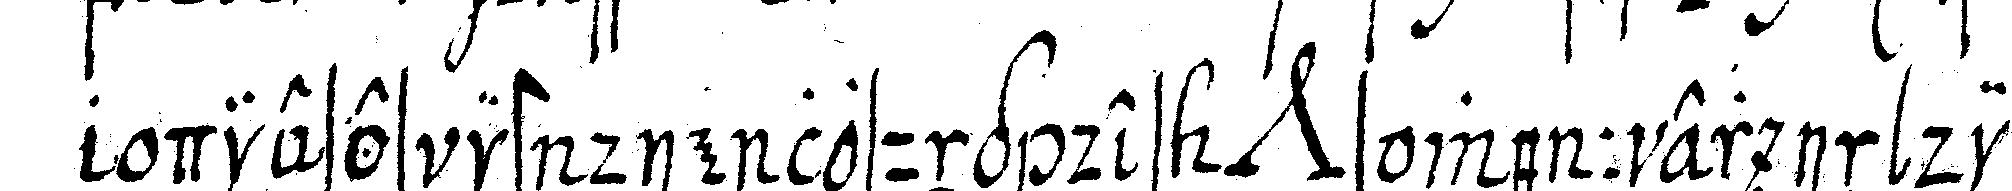
dieses ist die losung des *nee* s wenn er in die